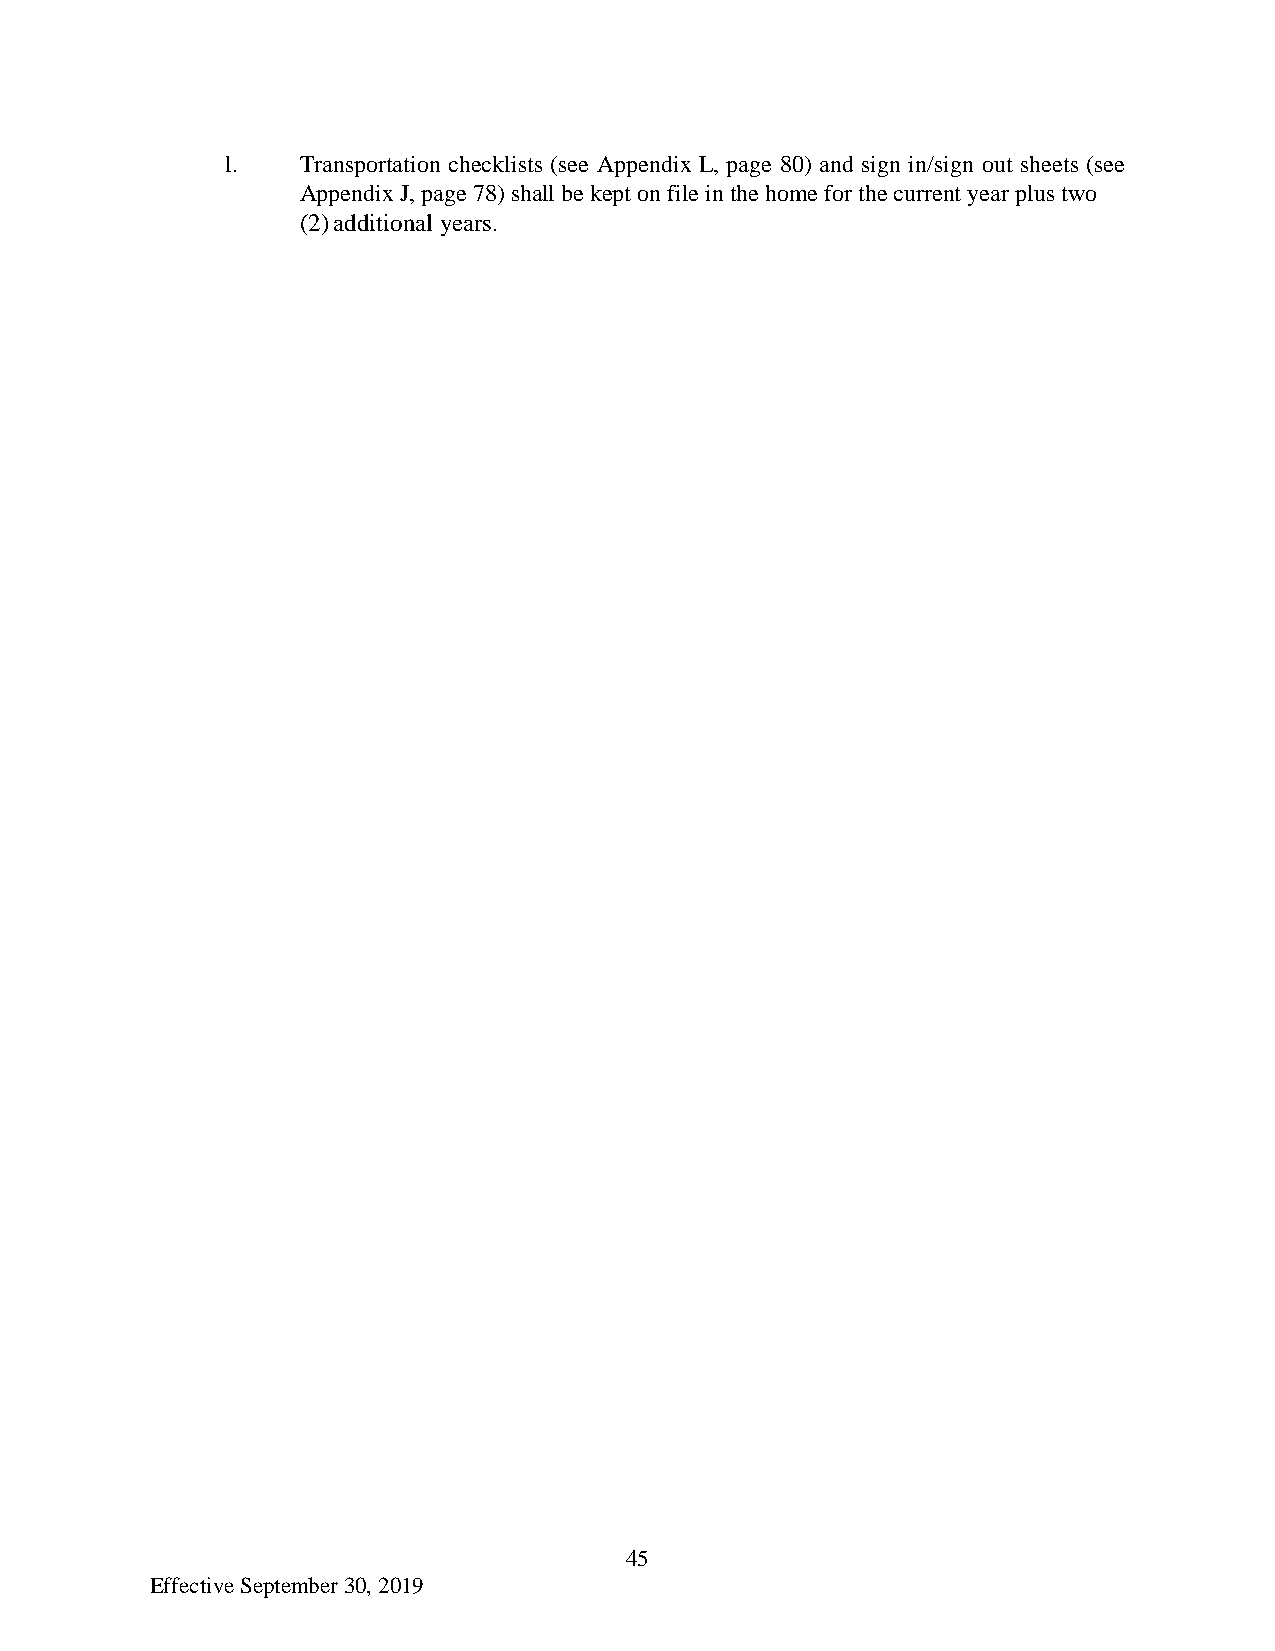
l.   Transportation checklists (see Appendix L, page 80) and sign in/sign out sheets (see
 Appendix J, page 78) shall be kept on file in the home for the current year plus two
 (2) additional years.
 45
 Effective September 30, 2019